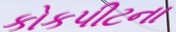
કોકપીટના